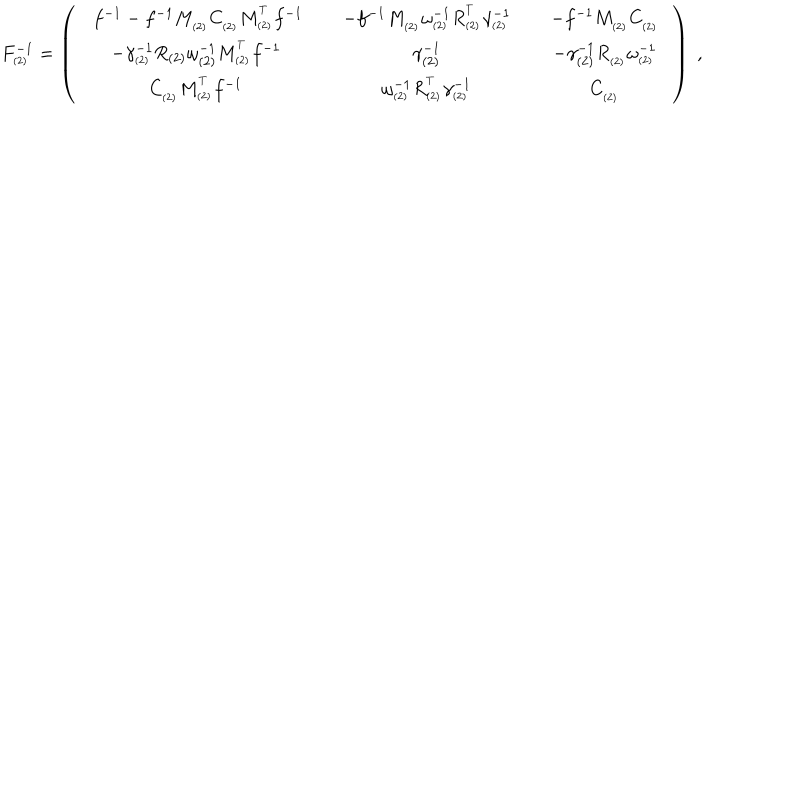
F _ { _ { ( 2 ) } } ^ { - 1 } = \left( \begin{array} { c c c } { { \ \; \; f ^ { - 1 } - f ^ { - 1 } M _ { _ { ( 2 ) } } C _ { _ { ( 2 ) } } M _ { _ { ( 2 ) } } ^ { ^ T } f ^ { - 1 } \; \; } } & { { \; \; - f ^ { - 1 } M _ { _ { ( 2 ) } } \omega _ { _ { ( 2 ) } } ^ { - 1 } R _ { _ { ( 2 ) } } ^ { ^ T } \gamma _ { _ { ( 2 ) } } ^ { - 1 } \; \; } } & { { \; \; - f ^ { - 1 } M _ { _ { ( 2 ) } } C _ { _ { ( 2 ) } } \; \; } } \\ { { - \gamma _ { _ { ( 2 ) } } ^ { - 1 } R _ { ( 2 ) } \omega _ { ( 2 ) } ^ { - 1 } M _ { _ { ( 2 ) } } ^ { ^ T } f ^ { - 1 } } } & { { \gamma _ { ( 2 ) } ^ { - 1 } } } & { { - \gamma _ { ( 2 ) } ^ { - 1 } R _ { _ { ( 2 ) } } \omega _ { _ { ( 2 ) } } ^ { - 1 } } } \\ { { C _ { _ { ( 2 ) } } M _ { _ { ( 2 ) } } ^ { ^ T } f ^ { - 1 } } } & { { \omega _ { _ { ( 2 ) } } ^ { - 1 } R _ { _ { ( 2 ) } } ^ { ^ T } \gamma _ { _ { ( 2 ) } } ^ { - 1 } } } & { { C _ { _ { ( 2 ) } } } } \\ \end{array} \right) \; ,